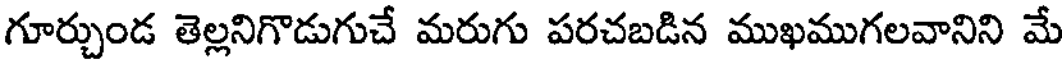
గూర్చుండ తెల్లనిగొడుగుచే మరుగు పరచబడిన ముఖముగలవానిని మే